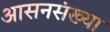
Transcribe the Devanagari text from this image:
आसनसंख्या